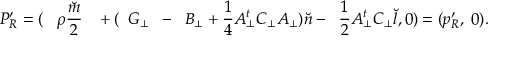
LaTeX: P _ { R } ^ { \prime } = ( \; \; \; { \rho } \frac { \breve { m } } { 2 } \; \; \; + ( \; \; G _ { \bot } \; \; - \; \; B _ { \bot } + \frac { 1 } { 4 } A _ { \bot } ^ { t } C _ { \bot } A _ { \bot } ) { \breve { n } } - \; \; \frac { 1 } { 2 } A _ { \bot } ^ { t } C _ { \bot } { \breve { l } } , 0 ) = ( p _ { R } ^ { \prime } , \; 0 ) .